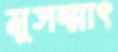
মুসম্মাৎ